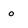
Character: o